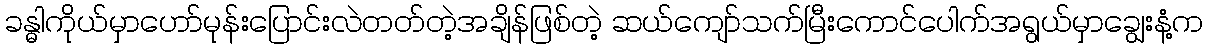
ခန္ဓါကိုယ်မှာဟော်မုန်းပြောင်းလဲတတ်တဲ့အချိန်ဖြစ်တဲ့ ဆယ်ကျော်သက်မြီးကောင်ပေါက်အရွယ်မှာချွေးနံ့က